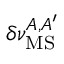
\delta \nu _ { \mathrm { M S } } ^ { A , A ^ { \prime } }